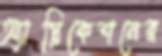
অ্যাপ্লিকেশনের